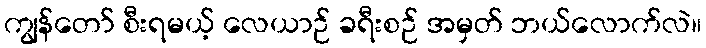
ကျွန်တော် စီးရမယ့် လေယာဉ် ခရီးစဉ် အမှတ် ဘယ်လောက်လဲ။